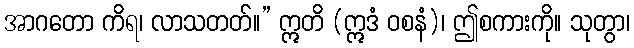
အာဂတော ကိရ၊ လာသတတ်။” ဣတိ (ဣဒံ ဝစနံ)၊ ဤစကားကို။ သုတွာ၊